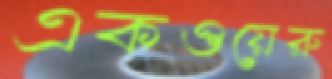
একওয়েরু